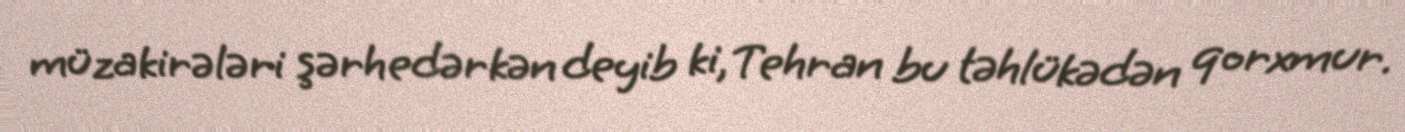
müzakirələri şərh edərkən deyib ki, Tehran bu təhlükədən qorxmur.